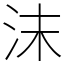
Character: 沫